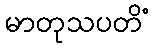
မာတုသပတိံ